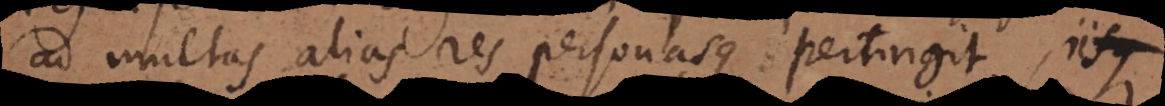
ad multas alias res personasque pertingit, iisqu